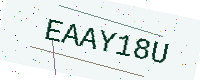
Text: EAAY18U